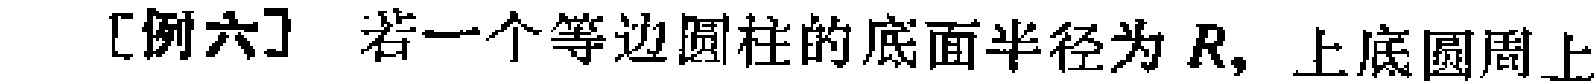
[例六] 若一个等边圆柱的底面半径为 \(R\)，上底圆周上